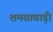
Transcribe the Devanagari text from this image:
शमसाबाड़ी